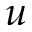
\boldsymbol { u }